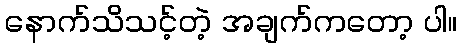
နောက်သိသင့်တဲ့ အချက်ကတော့ ပါ။